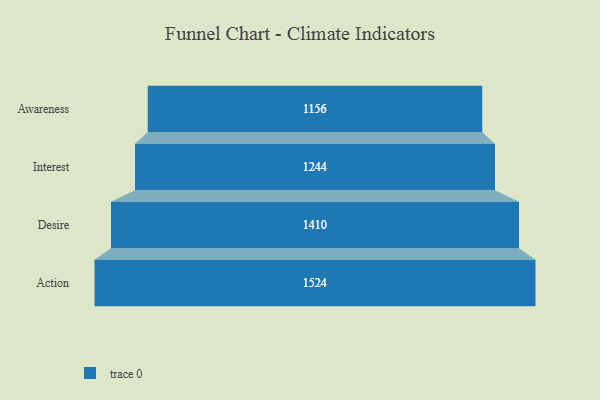
{"axis": {"x": "Stage", "y": "Value"}, "legend": [""], "data": [{"x": "Awareness", "y": 1156.0, "type": ""}, {"x": "Interest", "y": 1244.0, "type": ""}, {"x": "Desire", "y": 1410.0, "type": ""}, {"x": "Action", "y": 1524.0, "type": ""}]}